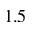
1 . 5